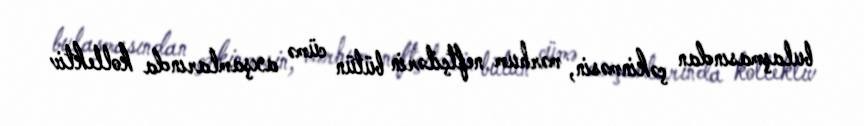
bulaşmasından çəkinməsin, mərhum neftçilərin bütün cümə axşamlarında kollektiv